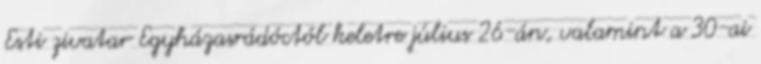
Esti zivatar Egyházasrádóctól keletre július 26-án, valamint a 30-ai